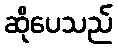
ဆိုပေသည်